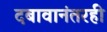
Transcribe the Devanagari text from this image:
दबावानंतरही